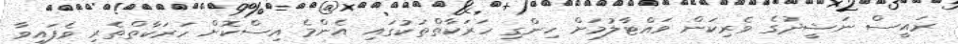
ރައީސް ނަޝީދުގެ ވެރިކަން ވައްޓާލުމަށް ހިންގި ހަރަކާތްތަކުގައި އެންމެ އިސްކޮށް ހަރަކާތްތެރި ވެފައިވާ